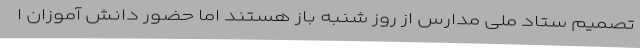
تصمیم ستاد ملی مدارس از روز شنبه باز هستند اما حضور دانش آموزان ا